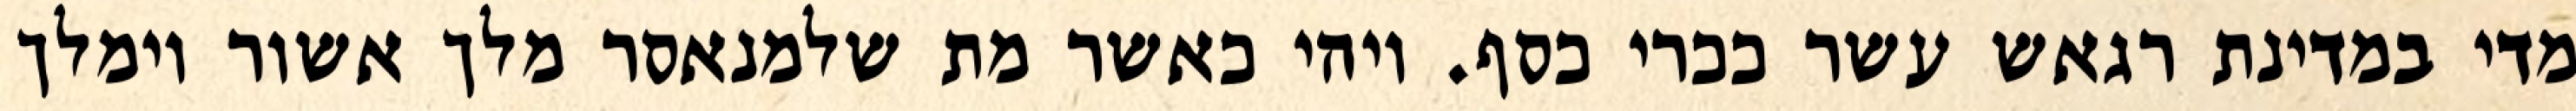
מדי במדינת רגאש עשר ככרי כסף. ויהי כאשר מת שלמנאסר מלך אשור וימלך